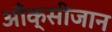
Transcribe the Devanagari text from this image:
आँक्सीजान